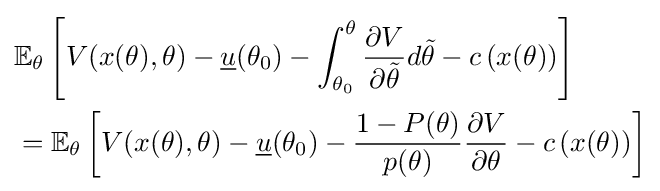
{\begin{aligned}&\mathbb {E} _{\theta }\left[V(x(\theta ),\theta )-{\underline {u}}(\theta _{0})-\int _{\theta _{0}}^{\theta }{\frac {\partial V}{\partial {\tilde {\theta }}}}d{\tilde {\theta }}-c\left(x(\theta )\right)\right]\\&{}=\mathbb {E} _{\theta }\left[V(x(\theta ),\theta )-{\underline {u}}(\theta _{0})-{\frac {1-P(\theta )}{p(\theta )}}{\frac {\partial V}{\partial \theta }}-c\left(x(\theta )\right)\right]\end{aligned}}